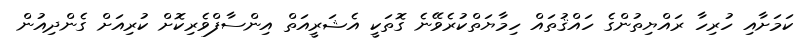
ކަމަށާއި ހުރިހާ ރައްޔިތުންގެ ހައްޤުތައް ހިމާޔަތްކުރެވޭނެ ގޮތަކީ އެޝަރީއަތް އިންސާފްވެރިކޮށް ކުރިއަށް ގެންދިއުން